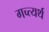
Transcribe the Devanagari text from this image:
गच्त्यर्थ